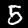
Digit: 5